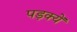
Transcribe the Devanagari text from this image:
पड़क्यें